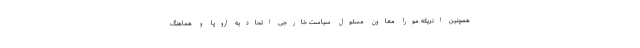
همچنین انریکه مورا معاون مسئول سیاست خارجی اتحادیه اروپا و هماهنگ